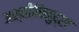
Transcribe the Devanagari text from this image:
अश्वीनिमुद्रा